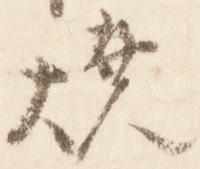
焼